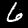
Digit: 6